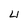
Character: 4